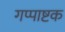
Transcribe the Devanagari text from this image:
गप्पाष्टक